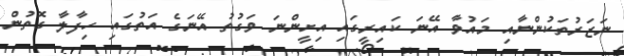
ނަޒަރުތަކުންނާއި މައުވާ އޭނަ ކައިރީގައި އިށީންނަ ވަގުތު އޭނަގެ އަތުގައި ހިފާލާ ގޮތުން